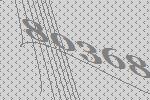
80368